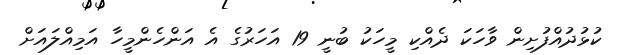
ކުޅުދުއްފުށިން ވާހަކަ ދެއްކި މީހަކު ބުނީ 19 އަހަރުގެ އެ އަންހެންމީހާ އަމިއްލައަށް